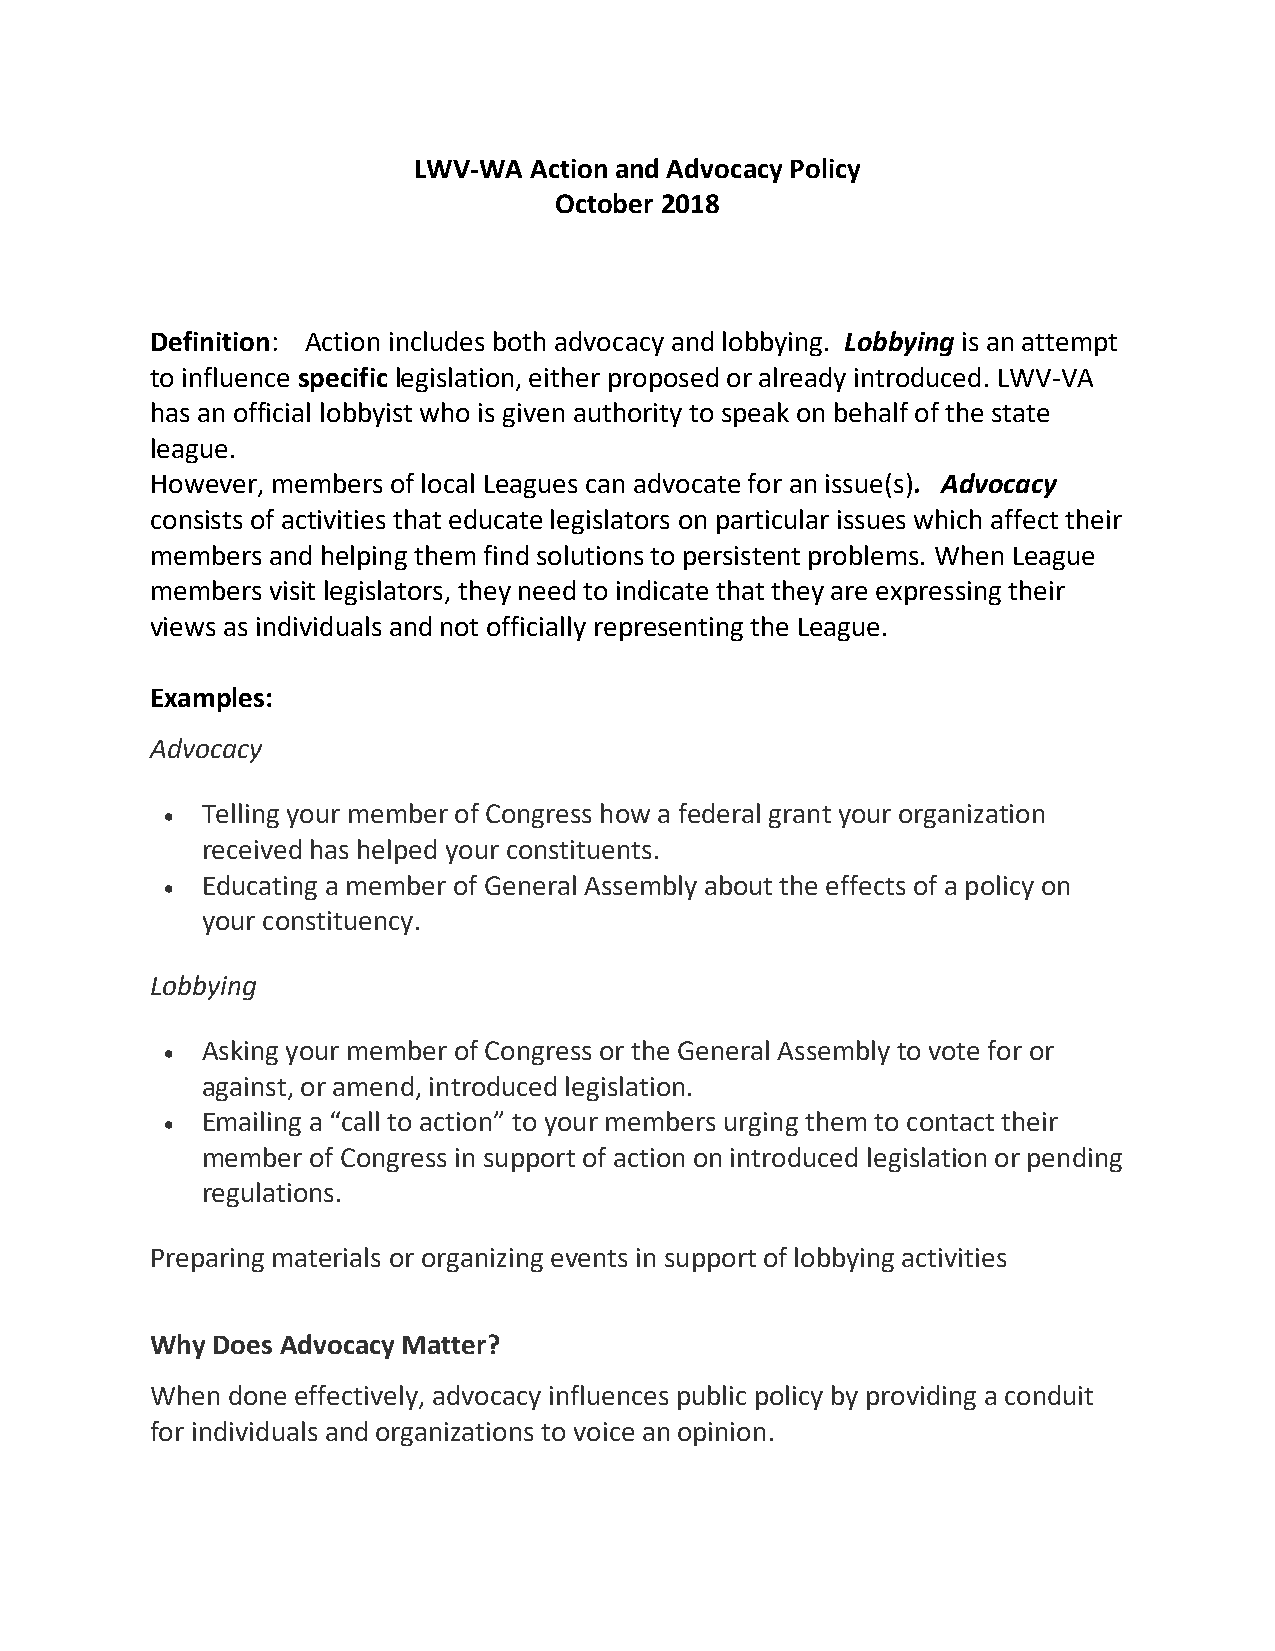
LWV-WA  Action and Advocacy Policy
 October 2018
 Definition: Action includes both advocacy and lobbying. Lobbying is an attempt
 to influence specific legislation, either proposed or already introduced. LWV-VA
 has an official lobbyist who is given authority to speak on behalf of the state
 league.
 However, members of local Leagues can advocate for an issue(s). Advocacy
 consists of activities that educate legislators on particular issues which affect their
 members and helping them find solutions to persistent problems. When League
 members visit legislators, they need to indicate that they are expressing their
 views as individuals and not officially representing the League.
 Examples:
 Advocacy
  Telling your member of Congress how a federal grant your organization
 received has helped your constituents.
  Educating a member of General Assembly about the effects of a policy on
 your constituency.
 Lobbying
  Asking your member of Congress or the General Assembly to vote for or
 against, or amend, introduced legislation.
  Emailing a “call to action” to your members urging them to contact their
 member of Congress in support of action on introduced legislation or pending
 regulations.
 Preparing materials or organizing events in support of lobbying activities
 Why Does Advocacy Matter?
 When done effectively, advocacy influences public policy by providing a conduit
 for individuals and organizations to voice an opinion.